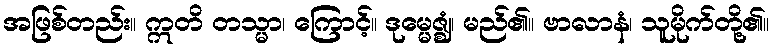
အဖြစ်တည်း။ ဣတိ တသ္မာ၊ ကြောင့်။ ဒုမ္မေဇ္ဈံ၊ မည်၏။ ဗာလာနံ၊ သူမိုက်တို့၏။